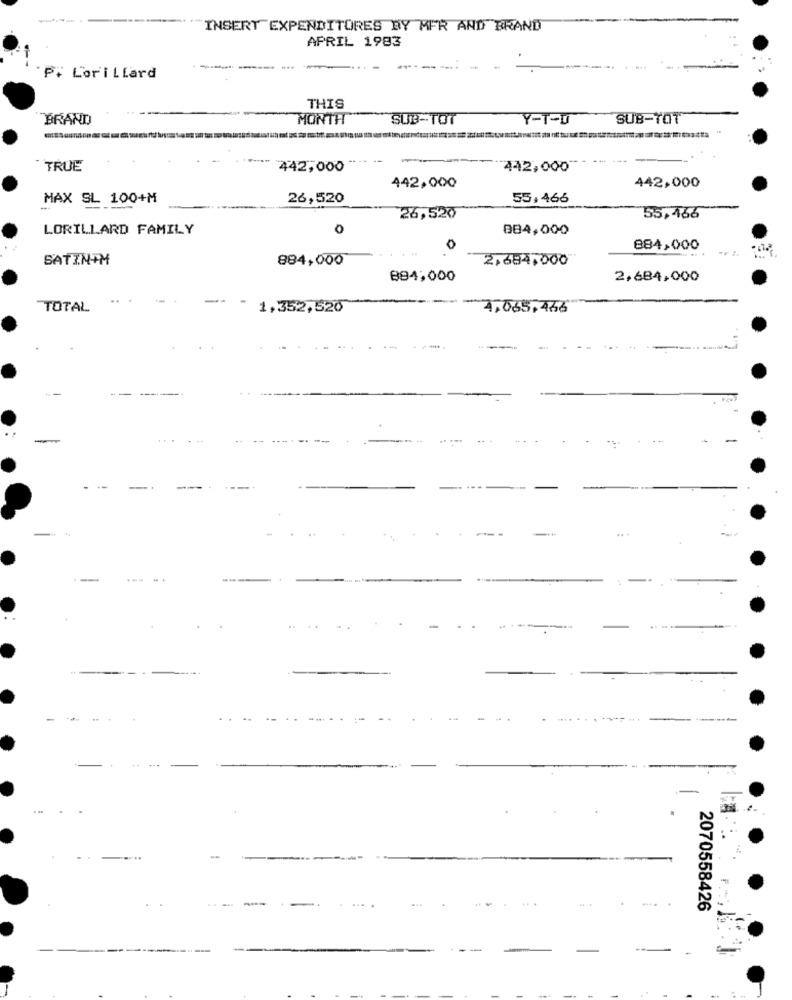
INSERT EXPENDITORES BY MFR AND BRAND
APRIL 1983
---
Pi Lorillard
THIS
BRAND
MONTH
SUB-TOT
Y-T-U
SUB-TOT
TRUE
442,000
442,000
442,000
442,000
MAX SL 100+M
26,520
55,466
26,520
55,466
LORILLARD FAMILY
0
884,000
0
884,000
++ 2.
SATINIM
884,000
2,684,000
894,000
2,684,000
--
TOTAL
1,352,526
4,065,466
--
.
2070558426